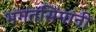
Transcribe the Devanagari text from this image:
भगतसिंगांनी